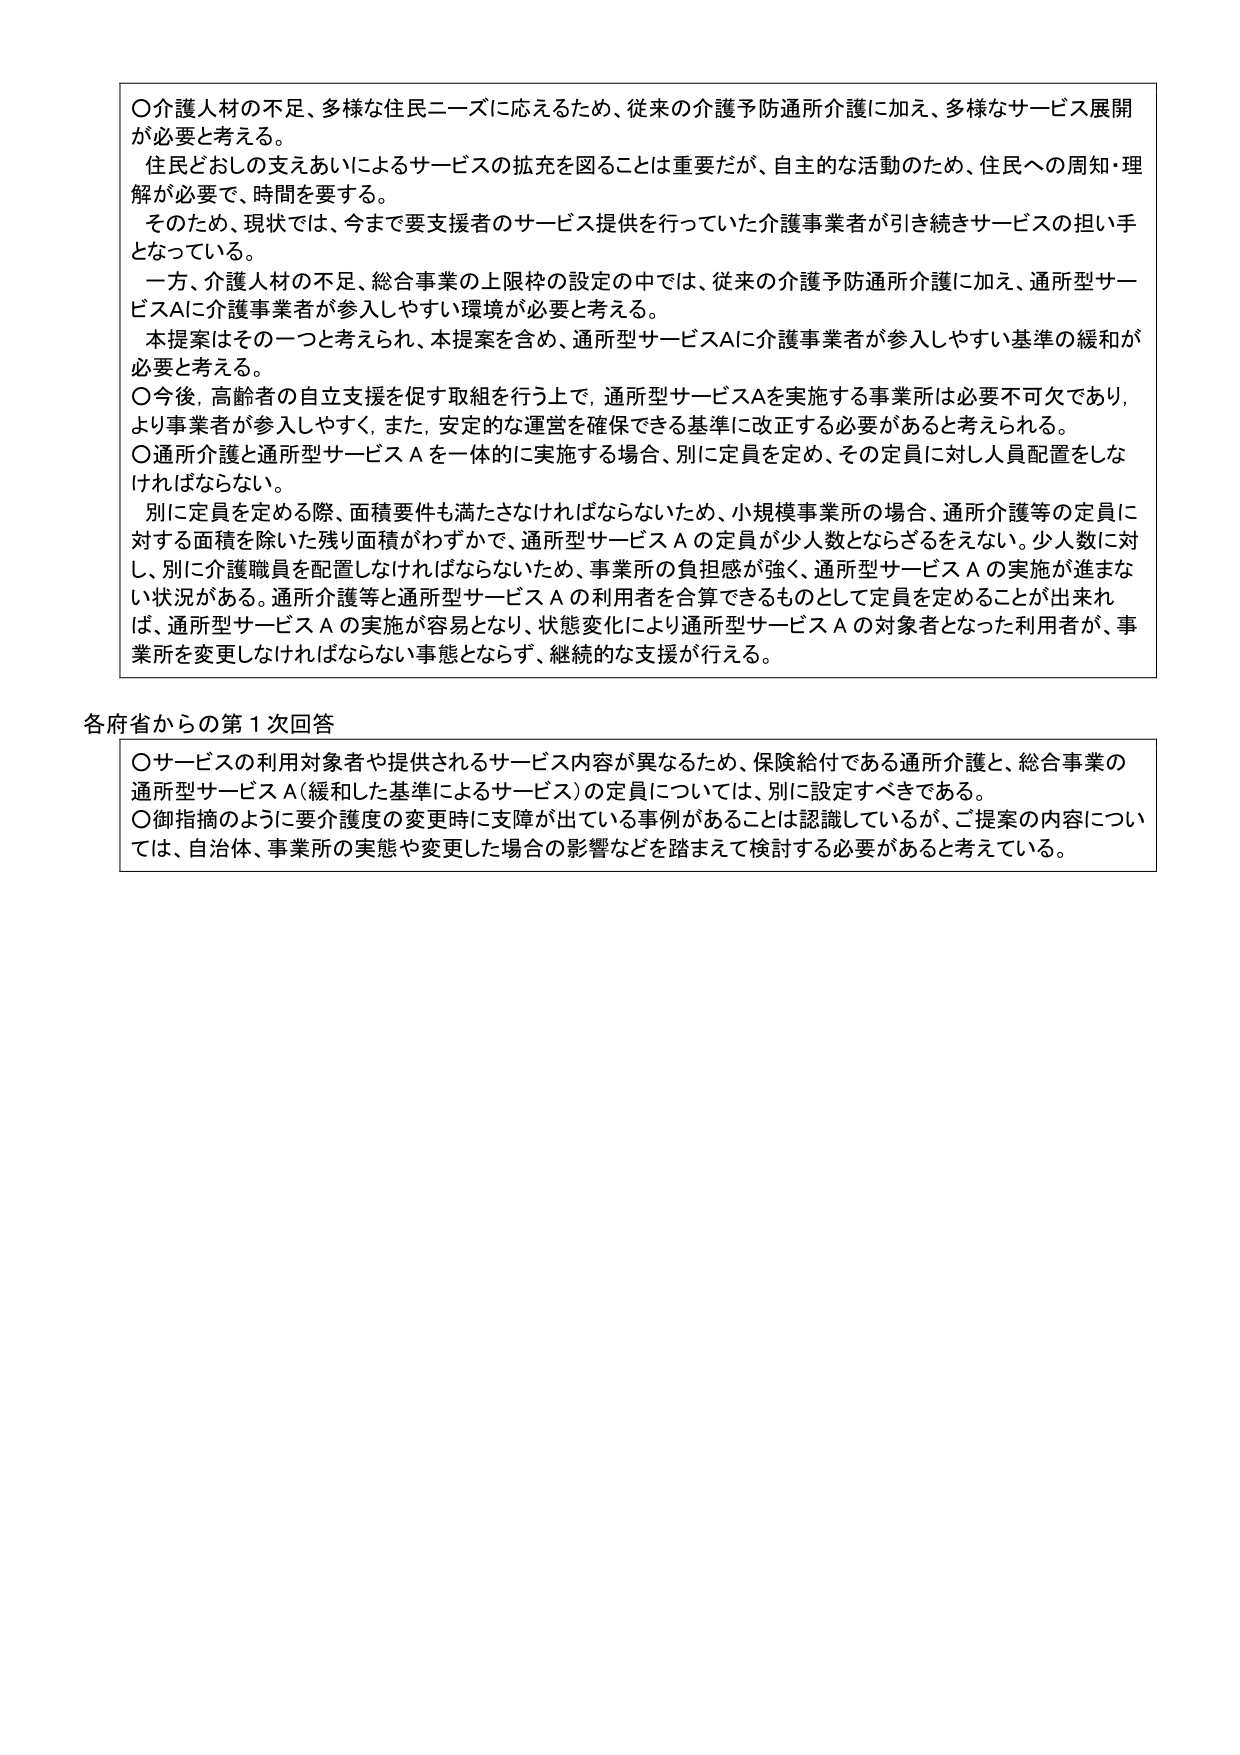
〇介護人材の不足、多様な住民ニーズに応えるため、従来の介護予防通所介護に加え、多様なサービス展開が必要と考える。
住民どおしの支えあいによるサービスの拡充を図ることは重要だが、自主的な活動のため、住民への周知・理解が必要で、時間を要する。
そのため、現状では、今まで要支援者のサービス提供を行っていた介護事業者が引き続きサービスの担い手となっている。
一方、介護人材の不足、総合事業の上限枠の設定の中では、従来の介護予防通所介護に加え、通所型サービスAに介護事業者が参入しやすい環境が必要と考える。
本提案はその一つと考えられ、本提案を含め、通所型サービスAに介護事業者が参入しやすい基準の緩和が必要と考える。
〇今後、高齢者の自立支援を促す取組を行う上で、通所型サービスAを実施する事業所は必要不可欠であり、より事業者が参入しやすく、また、安定的な運営を確保できる基準に改正する必要があると考えられる。
〇通所介護と通所型サービスAを一体的に実施する場合、別に定員を定め、その定員に対し人員配置をしなければならない。
別に定員を定める際、面積要件も満たさなければならないため、小規模事業所の場合、通所介護等の定員に対する面積を除いた残り面積がわずかで、通所型サービスAの定員が少人数とならざるをえない。少人数に対し、別に介護職員を配置しなければならないため、事業所の負担感が強く、通所型サービスAの実施が進まない状況がある。通所介護等と通所型サービスAの利用者を合算できるものとして定員を定めることができれば、通所型サービスAの実施が容易となり、状態変化により通所型サービスAの対象者となった利用者が、事業所を変更しなければならない事態とならず、継続的な支援が行える。

各府省からの第1次回答
〇サービスの利用対象者や提供されるサービス内容が異なるため、保険給付である通所介護と、総合事業の通所型サービスA（緩和した基準によるサービス）の定員については、別に設定すべきである。
〇御指摘のように要介護度の変更時に支障が出ている事例があることは認識しているが、ご提案の内容については、自治体、事業所の実態や変更した場合の影響などを踏まえて検討する必要があると考えている。